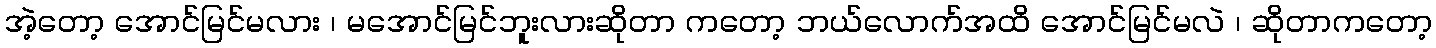
အဲ့တော့ အောင်မြင်မလား ၊ မအောင်မြင်ဘူးလားဆိုတာ ကတော့ ဘယ်လောက်အထိ အောင်မြင်မလဲ ၊ ဆိုတာကတော့